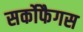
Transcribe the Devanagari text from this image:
सर्कोफैगस